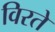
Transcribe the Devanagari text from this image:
विरते